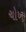
ચોખ